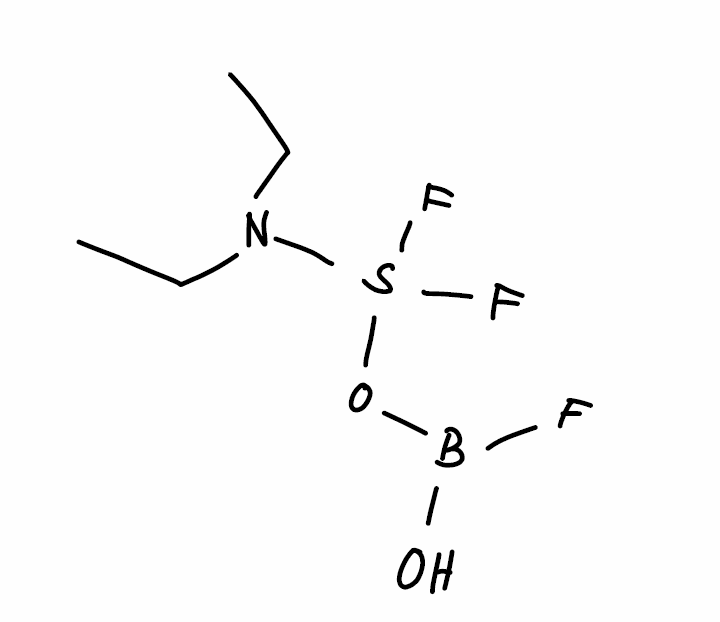
Simplified molecular-input line-entry system (SMILES) notation of the given molecule:
B(O)(OS(N(CC)CC)(F)F)F